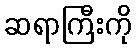
ဆရာကြီးကို